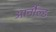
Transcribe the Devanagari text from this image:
आर्नौल्ड